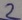
Text: 2